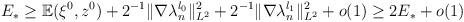
LaTeX: \begin{align*} \begin{aligned} & E_*\ge \mathbb{E}(\xi ^0,z^0 )+2^{-1}\| \nabla \lambda ^{l_0}_n \| ^2 _{L^2} + 2^{-1}\| \nabla \lambda ^{l_1}_n \| ^2 _{L^2}+o(1)\ge 2E_* +o(1)\end{aligned}\end{align*}